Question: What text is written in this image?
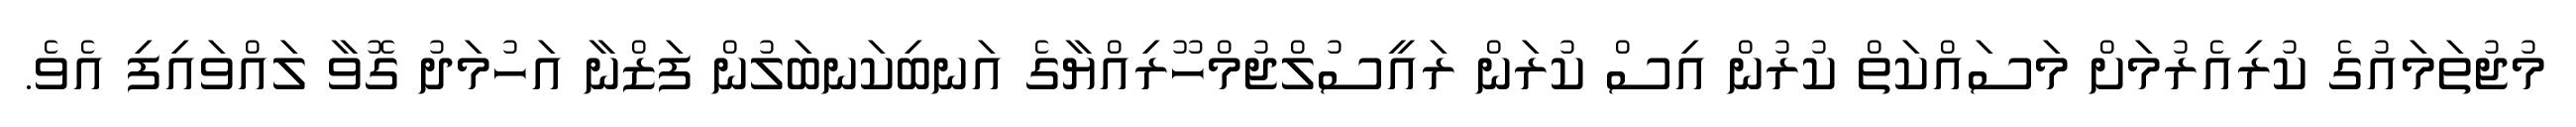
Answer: މުޖުތަމައުގެ ކުރިއެރުމަށް މަސައްކަތް ކުރުން އިސް ކުރަން ރައީސުލްޖުމްހޫރިއްޔާގެ އަނބިކަނބަލުން ފަޒްނާ އަހުމަދު ގޮވާ ލައްވައިފި އެވެ.